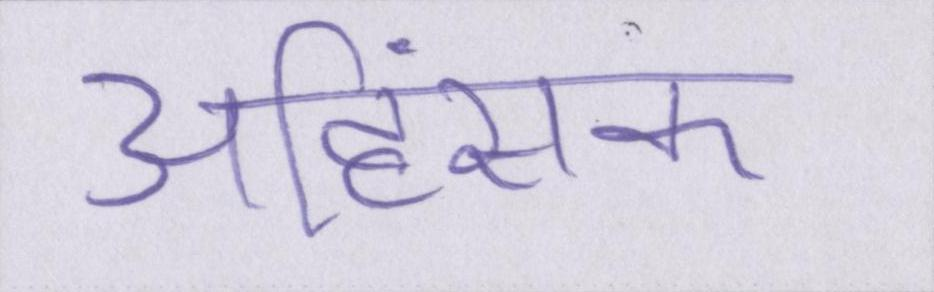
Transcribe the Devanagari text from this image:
अहिंसक